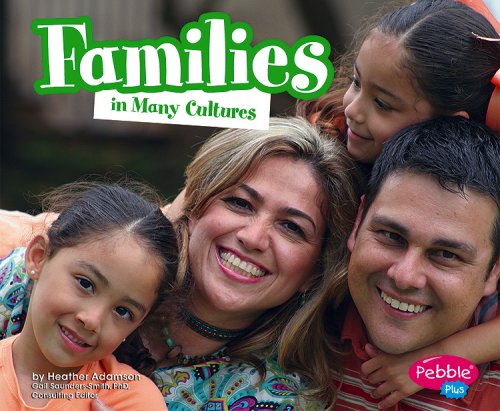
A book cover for Families in Many Cultures (Life Around the World); Heather Adamson; Children's Books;